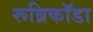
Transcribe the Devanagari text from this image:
रूब्रिकॉडा